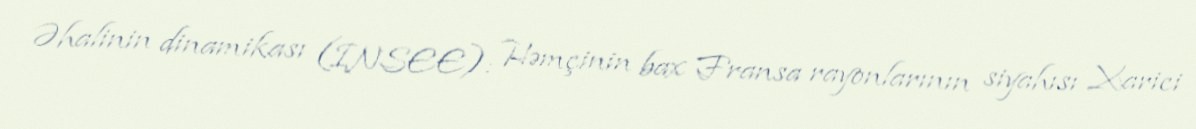
Əhalinin dinamikası (INSEE): Həmçinin bax Fransa rayonlarının siyahısı Xarici